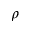
\rho